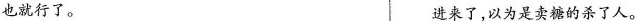
也就行了。 进来了，以为是卖糖的杀了人。